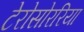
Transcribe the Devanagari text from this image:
टेरोसोररिया